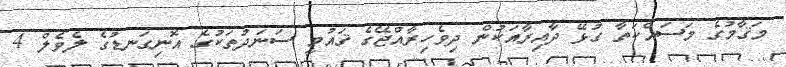
މަޤާމުގެ މަސައްކަތާ ގުޅޭ ދާއިރާއަކުން ދިވެހިރާއްޖޭގެ ޤައުމީ ސަނަދުތަކުގެ އޮނިގަނޑުގެ ލެވެލް 4